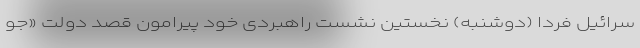
سرائیل فردا (دوشنبه) نخستین نشست راهبردی خود پیرامون قصد دولت «جو